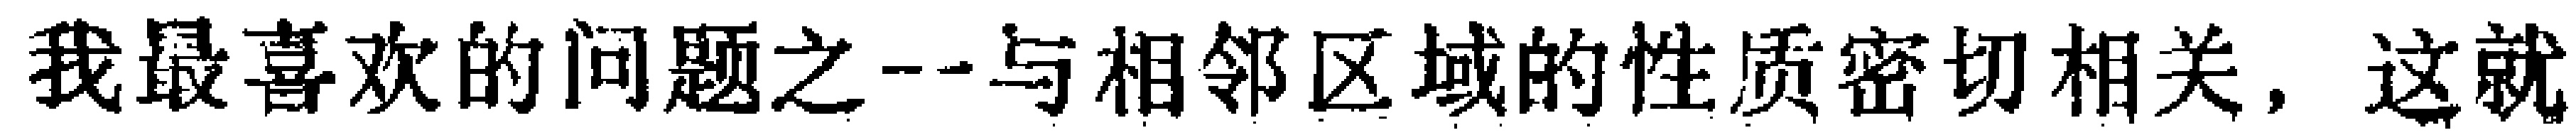
我最喜欢的问题之一--与相邻区域的性质密切相关，这就